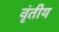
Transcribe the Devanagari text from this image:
वृंतीय